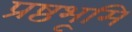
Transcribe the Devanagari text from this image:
प्रष्ठभूमि